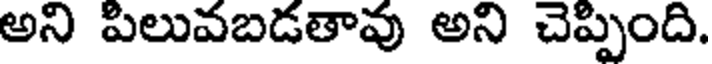
అని పిలువబడతావు అని చెప్పింది.